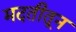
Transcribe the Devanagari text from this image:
मदतीतून